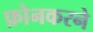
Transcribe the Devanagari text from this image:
फ़ोनकरने